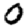
Digit: 0